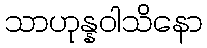
သာဟုန္နဝါသိနော